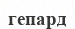
гепард